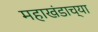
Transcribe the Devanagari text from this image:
महाखंडाच्या